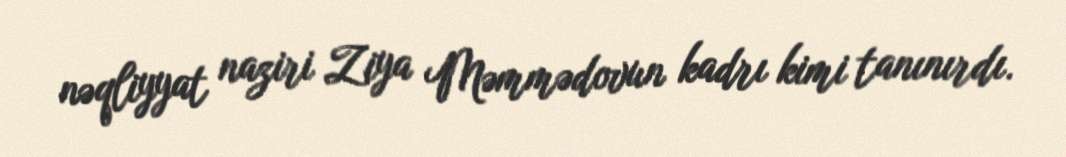
nəqliyyat naziri Ziya Məmmədovun kadrı kimi tanınırdı.